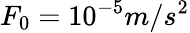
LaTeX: F_{0}=10^{-5}m/s^{2}